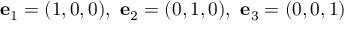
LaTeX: { \mathbf { e } } _ { 1 } = ( 1 , 0 , 0 ) , \ { \mathbf { e } } _ { 2 } = ( 0 , 1 , 0 ) , \ { \mathbf { e } } _ { 3 } = ( 0 , 0 , 1 )